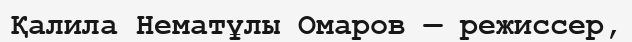
Қалила Нематұлы Омаров — режиссер,